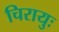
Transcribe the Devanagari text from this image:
चिरायुः